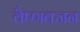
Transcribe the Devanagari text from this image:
वैष्णवजन